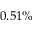
0 . 5 1 \%